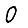
Digit: 0